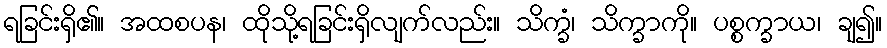
ရခြင်းရှိ၏။ အထစပန၊ ထိုသို့ရခြင်းရှိလျက်လည်း။ သိက္ခံ၊ သိက္ခာကို။ ပစ္စက္ခာယ၊ ချ၍။